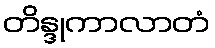
တိန္ဒုကာလာတံ